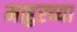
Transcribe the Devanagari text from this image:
माहुरच्या